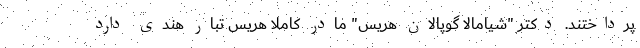
پرداختند. دکتر "شیامالا گوپالان هریس" مادر کاملا هریس تبار هندی دارد